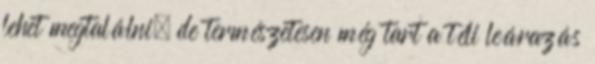
lehet megtalálni, de természetesen még tart a téli leárazás